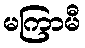
မကြာမီ